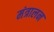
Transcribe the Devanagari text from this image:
मंत्रालन